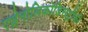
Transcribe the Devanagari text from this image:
एड्रेनोलिकोडिसट्रॉफी